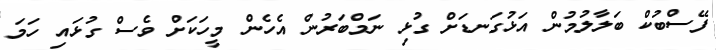
ފޭސްބުކް ބަލާލުމުން އަޅުގަނޑަށް ގުޅި ނަމްބަރުން އެހެން މީހަކަށް ވެސް ގުޅައި ހަމަ